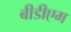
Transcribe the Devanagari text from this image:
बीडीएम